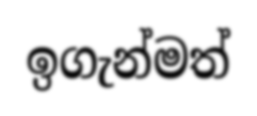
ඉගැන්මත්